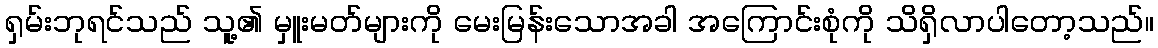
ရှမ်းဘုရင်သည် သူ့၏ မှူးမတ်များကို မေးမြန်းသောအခါ အကြောင်းစုံကို သိရှိလာပါတော့သည်။